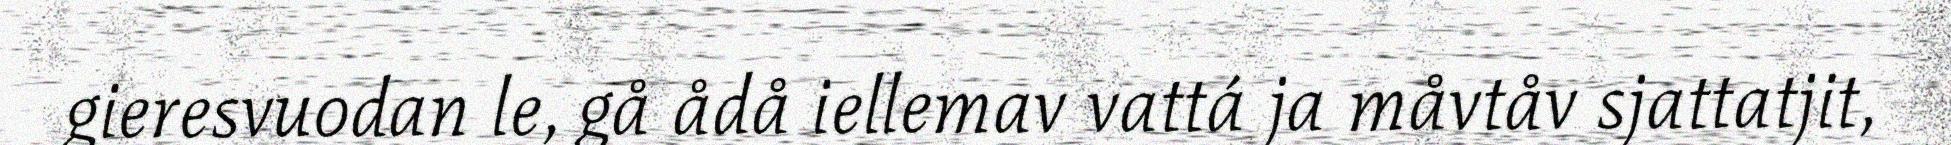
gieresvuodan le, gå ådå iellemav vattá ja måvtåv sjattatjit,